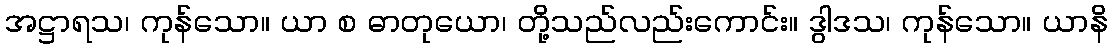
အဋ္ဌာရသ၊ ကုန်သော။ ယာ စ ဓာတုယော၊ တို့သည်လည်းကောင်း။ ဒွါဒသ၊ ကုန်သော။ ယာနိ